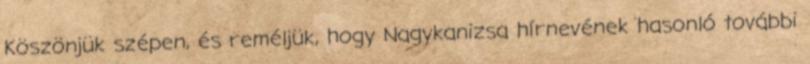
Köszönjük szépen, és reméljük, hogy Nagykanizsa hírnevének hasonló további